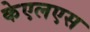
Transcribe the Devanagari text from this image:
केएलएस